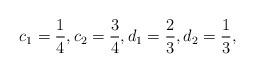
LaTeX: \begin{align*}c_1=\frac{1}{4}, c_2=\frac{3}{4}, d_1=\frac{2}{3}, d_2=\frac{1}{3},\end{align*}